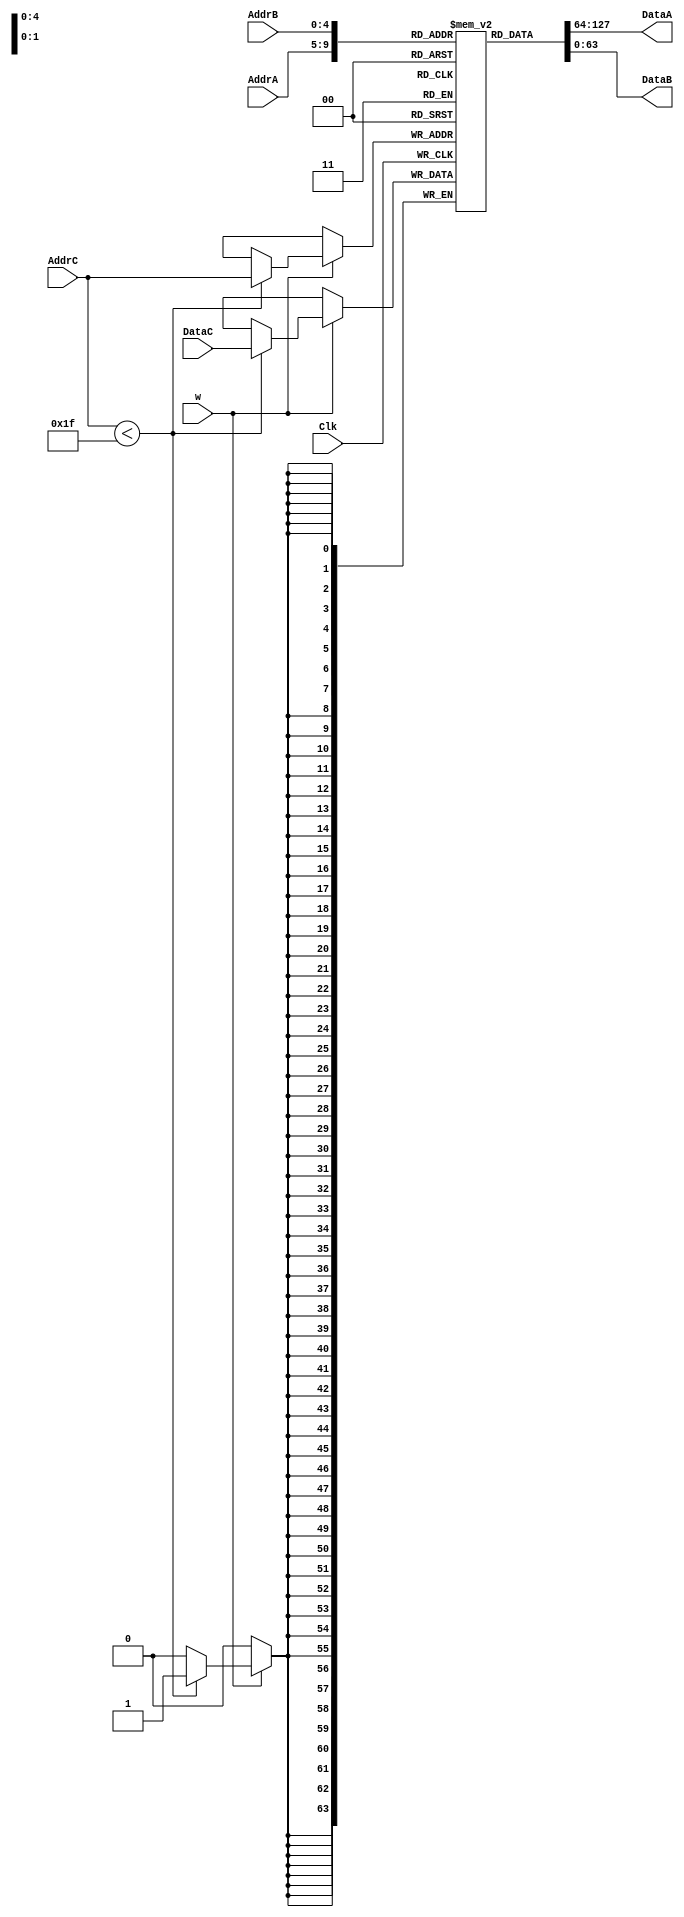
module regbank
#(parameter delay=100)
(DataA, DataB, DataC, AddrA, AddrB, AddrC, w, Clk);
  output [63:0] DataA, DataB;
  input [63:0] DataC;
  input [4:0] AddrA, AddrB, AddrC;
  input w;
  input Clk;

  reg [63:0] registers [0:31];

  assign DataA = registers[AddrA];
  assign DataB = registers[AddrB];

  integer j;
  initial begin
    for(j=0;j<31;j=j+1)
      registers[j] = 64'b10;

    registers[31]=0;    
  end


  always @ (posedge Clk) 
  begin
    if(w)
      if (AddrC < 5'b11111)
        //address 0 to 30.31 is not for write-zero
        registers[AddrC] <= DataC;
  end
endmodule